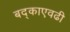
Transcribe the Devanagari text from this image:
बद्काएवढी